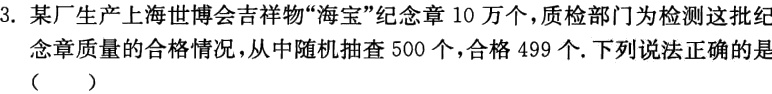
3. 某厂生产上海世博会吉祥物“海宝”纪念章 10 万个，质检部门为检测这批纪念章质量的合格情况，从中随机抽查 500 个，合格 499 个. 下列说法正确的是（  ）